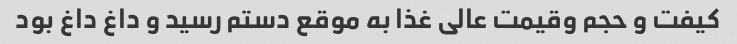
کیفت و حجم وقیمت عالی غذا به موقع دستم رسید و داغ داغ بود